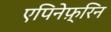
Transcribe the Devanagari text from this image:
एपिनेफ़्रिन